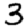
Digit: 3